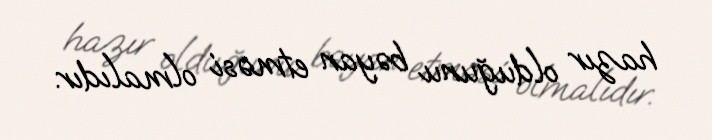
hazır olduğunu bəyan etməsi olmalıdır.